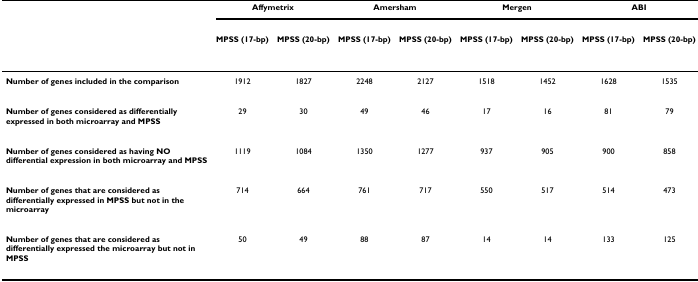
<table><thead><tr><td></td><td colspan="2"><b>Affymetrix</b></td><td colspan="2"><b>Amersham</b></td><td colspan="2"><b>Mergen</b></td><td colspan="2"><b>ABI</b></td></tr><tr><td></td><td><b>MPSS (17-bp)</b></td><td><b>MPSS (20-bp)</b></td><td><b>MPSS (17-bp)</b></td><td><b>MPSS (20-bp)</b></td><td><b>MPSS (17-bp)</b></td><td><b>MPSS (20-bp)</b></td><td><b>MPSS (17-bp)</b></td><td><b>MPSS (20-bp)</b></td></tr></thead><tbody><tr><td><b>Number of genes included in the comparison</b></td><td>1912</td><td>1827</td><td>2248</td><td>2127</td><td>1518</td><td>1452</td><td>1628</td><td>1535</td></tr><tr><td><b>Number of genes considered as differentially expressed in both microarray and MPSS</b></td><td>29</td><td>30</td><td>49</td><td>46</td><td>17</td><td>16</td><td>81</td><td>79</td></tr><tr><td><b>Number of genes considered as having NO differential expression in both microarray and MPSS</b></td><td>1119</td><td>1084</td><td>1350</td><td>1277</td><td>937</td><td>905</td><td>900</td><td>858</td></tr><tr><td><b>Number of genes that are considered as differentially expressed in MPSS but not in the microarray</b></td><td>714</td><td>664</td><td>761</td><td>717</td><td>550</td><td>517</td><td>514</td><td>473</td></tr><tr><td><b>Number of genes that are considered as differentially expressed the microarray but not in MPSS</b></td><td>50</td><td>49</td><td>88</td><td>87</td><td>14</td><td>14</td><td>133</td><td>125</td></tr></tbody></table>